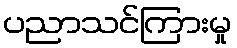
ပညာသင်ကြားမှု